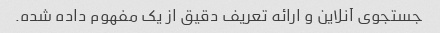
جستجوی آنلاین و ارائه تعریف دقیق از یک مفهوم داده شده.